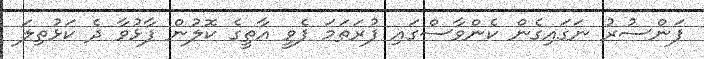
ފަންސުރު ނަގައިގެން ކެންވާސްގައި ފުރަތަމަ ފެވީ އާތީގެ ކޮލުން ފާޅުވާ ދެ ކަޅުތިލަ